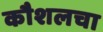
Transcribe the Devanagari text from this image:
कौशलचा